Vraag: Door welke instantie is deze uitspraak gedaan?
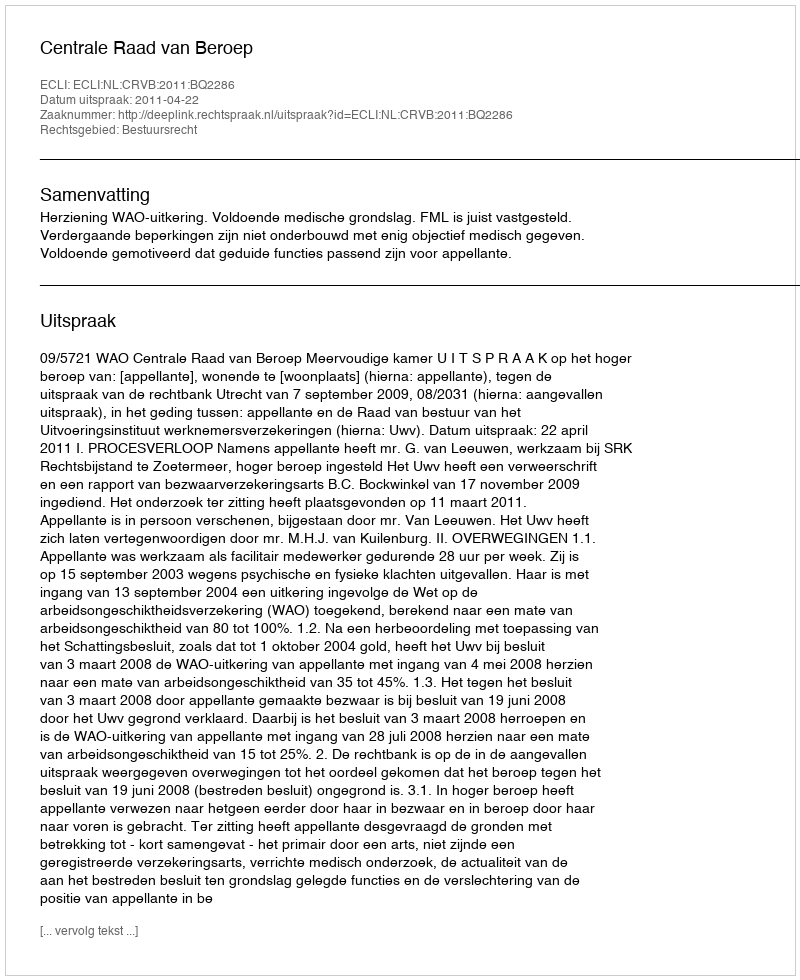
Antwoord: Centrale Raad van Beroep